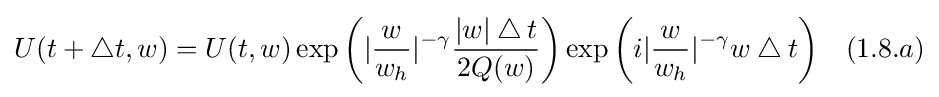
U(t+\bigtriangleup t,w)=U(t,w)\exp {\bigg (}|{\frac {w}{w_{h}}}|^{-\gamma }{\frac {|w|\bigtriangleup t}{2Q(w)}}{\bigg )}\exp {\bigg (}i|{\frac {w}{w_{h}}}|^{-\gamma }w\bigtriangleup t{\bigg )}\quad (1.8.a)